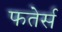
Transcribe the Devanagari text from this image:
फतेर्स